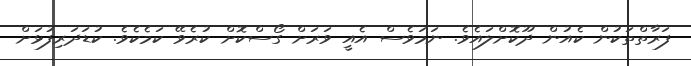
ފަރާތްތަކުން ކެއުން ދޫކޮށްލައެވެ. ނަމަވެސް އެއީ ވަރަށް ގޯސްކޮށް ކުރެވޭ ކަމެކެވެ. ކުޑަދަރިފުޅަށް